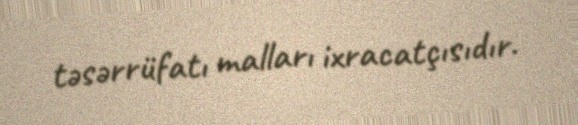
təsərrüfatı malları ixracatçısıdır.